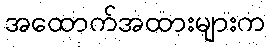
အထောက်အထားများက